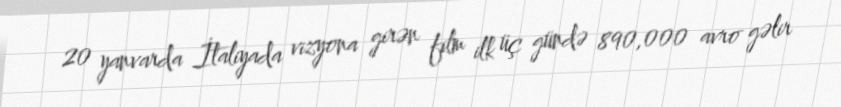
20 yanvarda İtaliyada vizyona girən film ilk üç gündə 890,000 avro gəlir